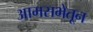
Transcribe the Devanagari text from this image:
आमसभेतून